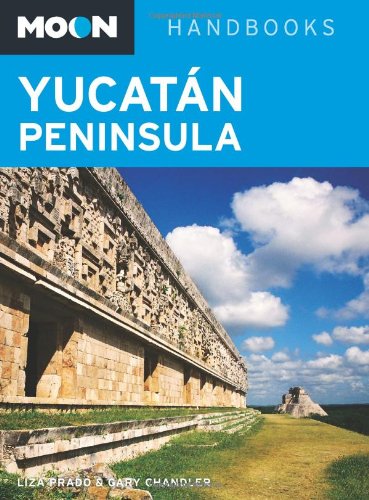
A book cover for Moon YucatÃ¡n Peninsula (Moon Handbooks); Liza Prado; Travel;